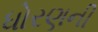
ધોરણની